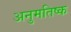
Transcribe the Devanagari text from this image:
अनुमतिष्क